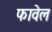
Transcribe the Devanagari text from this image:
फावेल